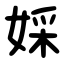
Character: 婇